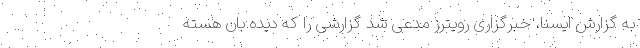
به گزارش ایسنا، خبرگزاری رویترز مدعی شد گزارشی را که دیده بان هسته